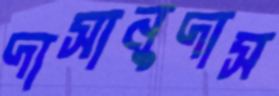
দাসানুদাস